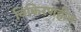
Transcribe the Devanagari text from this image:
विकिरणहीन